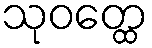
သုဝတ္ထေ